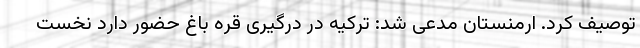
توصیف کرد. ارمنستان مدعی شد: ترکیه در درگیری قره باغ حضور دارد نخست